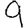
Digit: 9